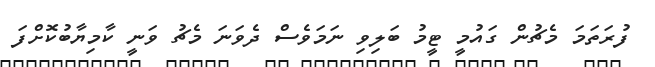
ފުރަތަމަ މެޗުން ގައުމީ ޓީމު ބަލިވި ނަމަވެސް ދެވަނަ މެޗު ވަނީ ކާމިޔާބުކޮށްފަ